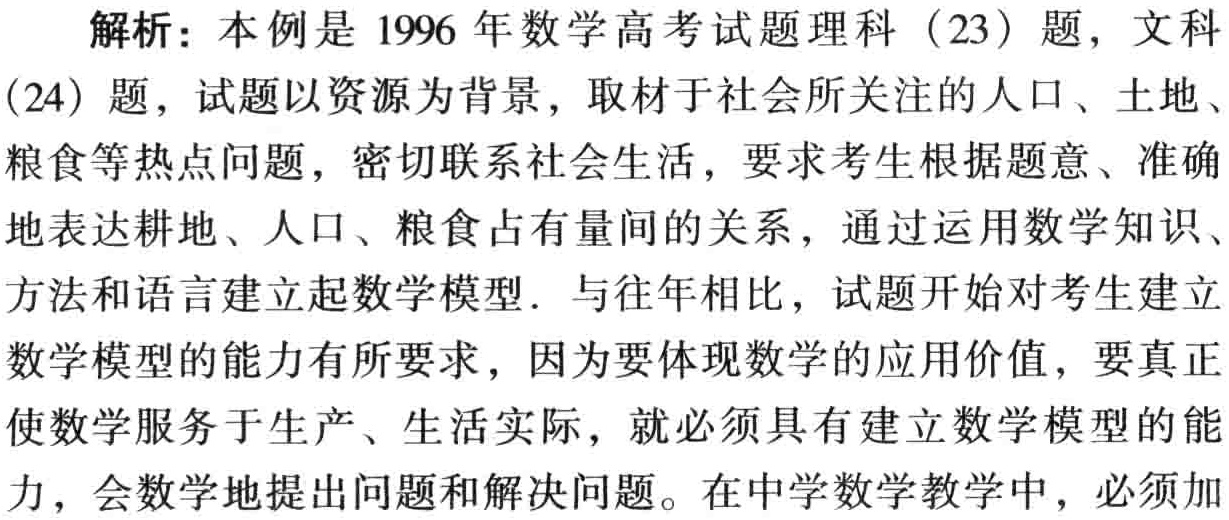
解析：本例是1996年数学高考试题理科（23）题，文科
(24）题，试题以资源为背景，取材于社会所关注的人口、土地、
粮食等热点问题，密切联系社会生活，要求考生根据题意、准确
地表达耕地、人口、粮食占有量间的关系，通过运用数学知识、
方法和语言建立起数学模型．与往年相比，试题开始对考生建立
数学模型的能力有所要求，因为要体现数学的应用价值，要真正
使数学服务于生产、生活实际，就必须具有建立数学模型的能
力，会数学地提出问题和解决问题。在中学数学教学中，必须加